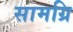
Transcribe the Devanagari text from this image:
सामग्रि